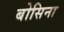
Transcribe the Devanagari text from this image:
बोसिना